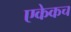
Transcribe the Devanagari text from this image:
एकेकच